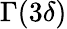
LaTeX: \Gamma(3\delta)